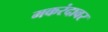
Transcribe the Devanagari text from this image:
मकरंदावर